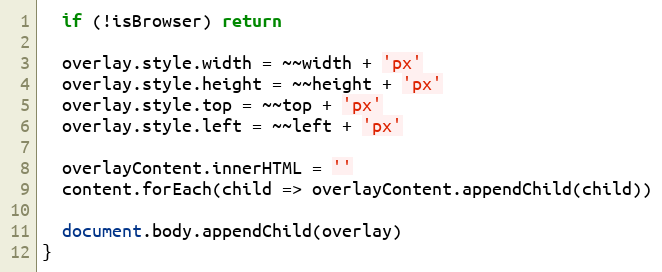
Language: JavaScript
  if (!isBrowser) return

  overlay.style.width = ~~width + 'px'
  overlay.style.height = ~~height + 'px'
  overlay.style.top = ~~top + 'px'
  overlay.style.left = ~~left + 'px'

  overlayContent.innerHTML = ''
  content.forEach(child => overlayContent.appendChild(child))

  document.body.appendChild(overlay)
}